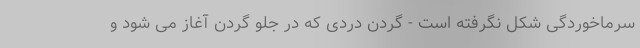
سرماخوردگی شکل نگرفته است - گردن دردی که در جلو گردن آغاز می شود و